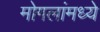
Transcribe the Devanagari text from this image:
मोगलांमध्ये